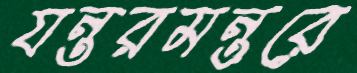
যন্তরমন্তরে